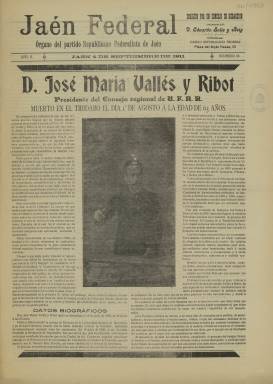
Título: Jaén federal
Colección: Periódicos
Ámbito geográfico: Jaén
Lugar de publicación: Jaén
Fechas: 04/09/1911-04/09/1911